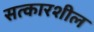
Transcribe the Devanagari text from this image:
सत्कारशील